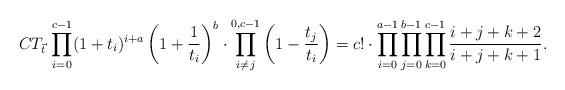
LaTeX: \begin{align*}CT_{\vec{t}}\,\prod_{i=0}^{c-1}(1+t_i)^{i+a}\left(1+\frac1{t_i}\right)^b\cdot \prod_{i\neq j}^{0,c-1}\left(1-\frac{t_j}{t_i}\right)=c!\cdot \prod_{i=0}^{a-1}\prod_{j=0}^{b-1}\prod_{k=0}^{c-1}\frac{i+j+k+2}{i+j+k+1}.\end{align*}